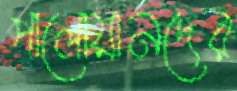
পালোয়ানদের